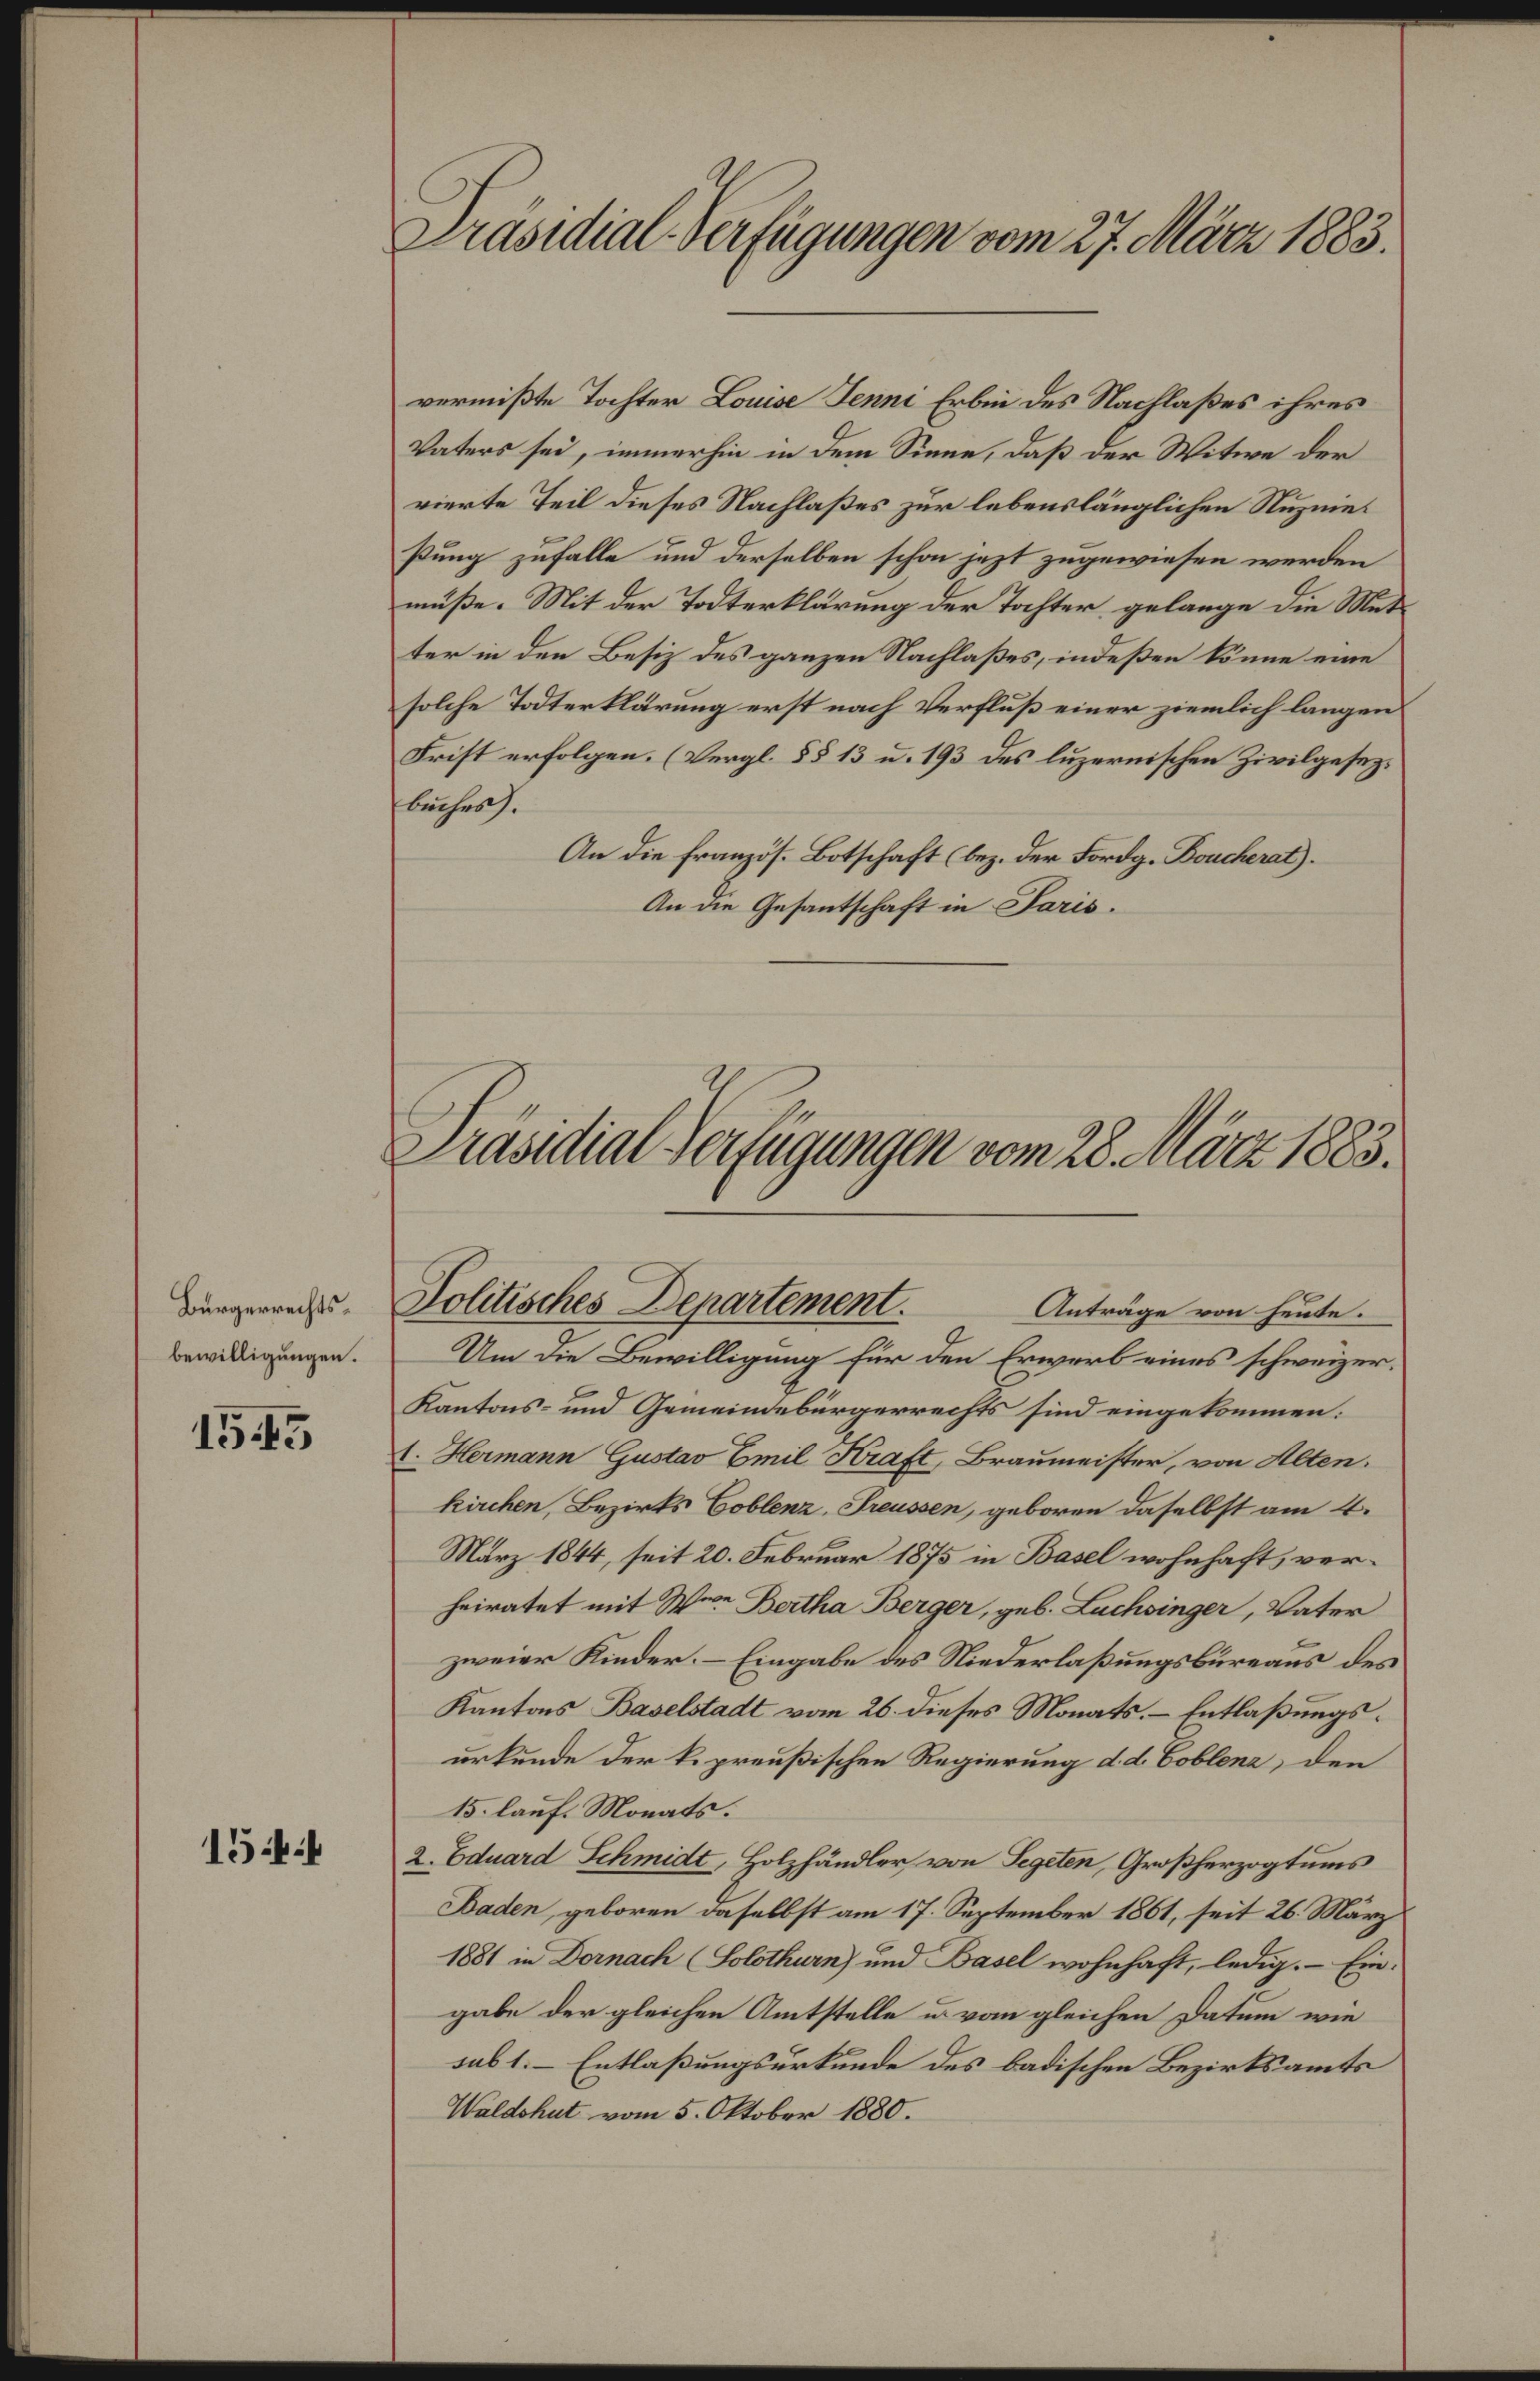
Bürgerrechtsbewilligungen.

1545

154:

Präsidial-Verfügungen vom 27. März 1883.

vermißte Tochter Louise Jenni Erben des Nachlaßes ihres
Vaters sei, immerhin in dem Sinne, daß der Witwe der
vierte Teil dieses Nachlaßes zur lebenslänglichen Nuznießung zufalle und derselben schon jezt zugewiesen werden
müße. Mit der Todterklärung der Tochter gelange die Mutter in den Besiz des ganzen Nachlaßes, indeßen könne eine
solche Todterklärung erst nach Verfluß einer ziemlich langen
Frist erfolgen. (Vergl. §§ 13 u. 193 des luzernischen Zivilgesezbuches).
An die Französ. Botschaft (bez. der Fordg. Boucherat).
An die Gesantschaft in Paris.

Präsidial-Verfügungen vom 28. März 1883.
Politisches Departement.
Anträge von heute.

Um die Bewilligung für den Erwerb eines schweizer.
Kantons- und Gemeindebürgerrechts sind eingekommen:
1. Hermann Gustav Emil Kraft, Braumeister, von Alten.
kirchen, Bezirks Coblenz, Freussen, geboren daselbst am 4.
März 1844, seit 20. Februar 1875 in Basel wohnhaft, verheiratet mit Wien Bertha Berger, geb. Lachsinger, Vater
zweier Kinder. – Eingabe des Niederlaßungsbureaus des
Kantons Baselstadt vom 26. dieses Monats. Entlaßungsurkunde der k. preußischen Regierung d. d. Coblenz, den
15. lauf. Monats.
2. Eduard Schmidt, Holzhändler, von Segeten, Großherzogtums
Baden, geboren daselbst am 17. September 1861, seit 26. März
1881 in Dornach (Solothurn) und Basel wohnhaft, ledig. Eingabe der gleichen Amtstelle u. vom gleichen Datum wie
sub 1. Entlaßungsurkunde des badischen Bezirksamts
Waldshut vom 5. Oktober 1880.